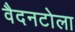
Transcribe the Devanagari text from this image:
वैदनटोला